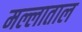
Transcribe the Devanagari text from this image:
मल्लाताल